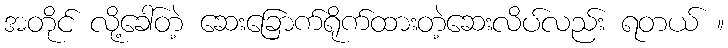
အတိုင် လို့ခေါ်တဲ့ ဆေးခြောက်ရိုက်ထားတဲ့ဆေးလိပ်လည်း ရတယ် ။